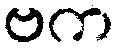
ဗက